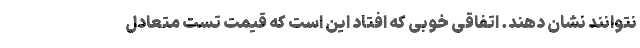
نتوانند نشان دهند. اتفاقی خوبی که افتاد این است که قیمت تست‌ متعادل